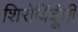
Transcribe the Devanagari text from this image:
शिरोबिंदूंची